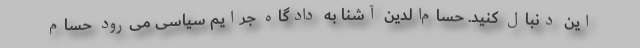
این دنبال کنید. حسام‌الدین آشنا به دادگاه جرایم سیاسی می‌رود حسام